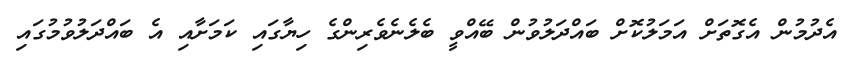
އެދުމުން އެގޮތަށް އަމަލުކޮށް ބައްދަލުވުން ބޭއްވީ ބެލެނެވެރިންގެ ހިޔާގައި ކަމަށާއި އެ ބައްދަލުވުމުގައި